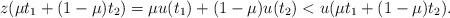
LaTeX: \begin{align*}z(\mu t_1 + (1-\mu)t_2) = \mu u(t_1) + (1- \mu) u(t_2) < u(\mu t_1 + (1-\mu)t_2).\end{align*}